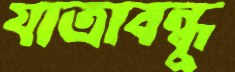
যাত্রাবন্ধু